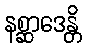
နစ္ဆာဒေန္တိ